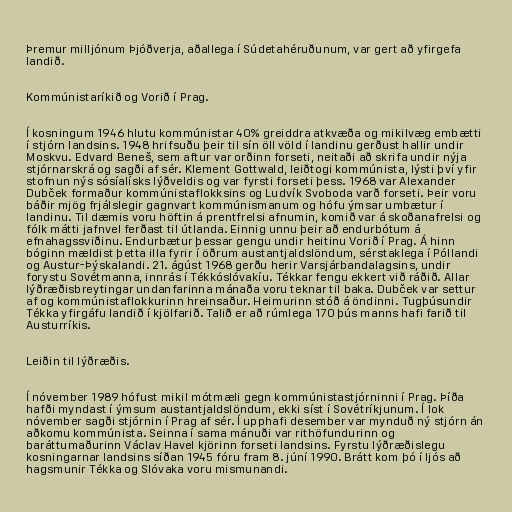
Þremur milljónum Þjóðverja, aðallega í Súdetahéruðunum, var gert að yfirgefa
landið.

Kommúnistaríkið og Vorið í Prag.

Í kosningum 1946 hlutu kommúnistar 40% greiddra atkvæða og mikilvæg embætti
í stjórn landsins. 1948 hrifsuðu þeir til sín öll völd í landinu gerðust hallir undir
Moskvu. Edvard Beneš, sem aftur var orðinn forseti, neitaði að skrifa undir nýja
stjórnarskrá og sagði af sér. Klement Gottwald, leiðtogi kommúnista, lýsti því yfir
stofnun nýs sósíalísks lýðveldis og var fyrsti forseti þess. 1968 var Alexander
Dubček formaður kommúnistaflokksins og Ludvík Svoboda varð forseti. Þeir voru
báðir mjög frjálslegir gagnvart kommúnismanum og hófu ýmsar umbætur í
landinu. Til dæmis voru höftin á prentfrelsi afnumin, komið var á skoðanafrelsi og
fólk mátti jafnvel ferðast til útlanda. Einnig unnu þeir að endurbótum á
efnahagssviðinu. Endurbætur þessar gengu undir heitinu Vorið í Prag. Á hinn
bóginn mældist þetta illa fyrir í öðrum austantjaldslöndum, sérstaklega í Póllandi
og Austur-Þýskalandi. 21. ágúst 1968 gerðu herir Varsjárbandalagsins, undir
forystu Sovétmanna, innrás í Tékkóslóvakíu. Tékkar fengu ekkert við ráðið. Allar
lýðræðisbreytingar undanfarinna mánaða voru teknar til baka. Dubček var settur
af og kommúnistaflokkurinn hreinsaður. Heimurinn stóð á öndinni. Tugþúsundir
Tékka yfirgáfu landið í kjölfarið. Talið er að rúmlega 170 þús manns hafi farið til
Austurríkis.

Leiðin til lýðræðis.

Í nóvember 1989 hófust mikil mótmæli gegn kommúnistastjórninni í Prag. Þíða
hafði myndast í ýmsum austantjaldslöndum, ekki síst í Sovétríkjunum. Í lok
nóvember sagði stjórnin í Prag af sér. Í upphafi desember var mynduð ný stjórn án
aðkomu kommúnista. Seinna í sama mánuði var rithöfundurinn og
baráttumaðurinn Václav Havel kjörinn forseti landsins. Fyrstu lýðræðislegu
kosningarnar landsins síðan 1945 fóru fram 8. júní 1990. Brátt kom þó í ljós að
hagsmunir Tékka og Slóvaka voru mismunandi.